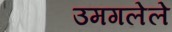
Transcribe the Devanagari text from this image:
उमगलेले